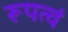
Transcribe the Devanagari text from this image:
रूपत्वं